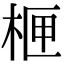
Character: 㭱